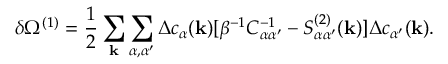
\delta \Omega ^ { ( 1 ) } = \frac { 1 } { 2 } \sum _ { \bf k } \sum _ { \alpha , \alpha ^ { \prime } } \Delta c _ { \alpha } ( { \bf k } ) [ \beta ^ { - 1 } C _ { \alpha \alpha ^ { \prime } } ^ { - 1 } - S _ { \alpha \alpha ^ { \prime } } ^ { ( 2 ) } ( { \bf k } ) ] \Delta c _ { \alpha ^ { \prime } } ( { \bf k } ) .